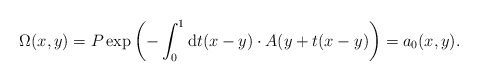
\begin{align*}\Omega (x,y)=P\exp \left( -\int_0^1{\rm d}t(x-y)\cdot A(y+t(x-y)\right)=a_0(x,y).\end{align*}